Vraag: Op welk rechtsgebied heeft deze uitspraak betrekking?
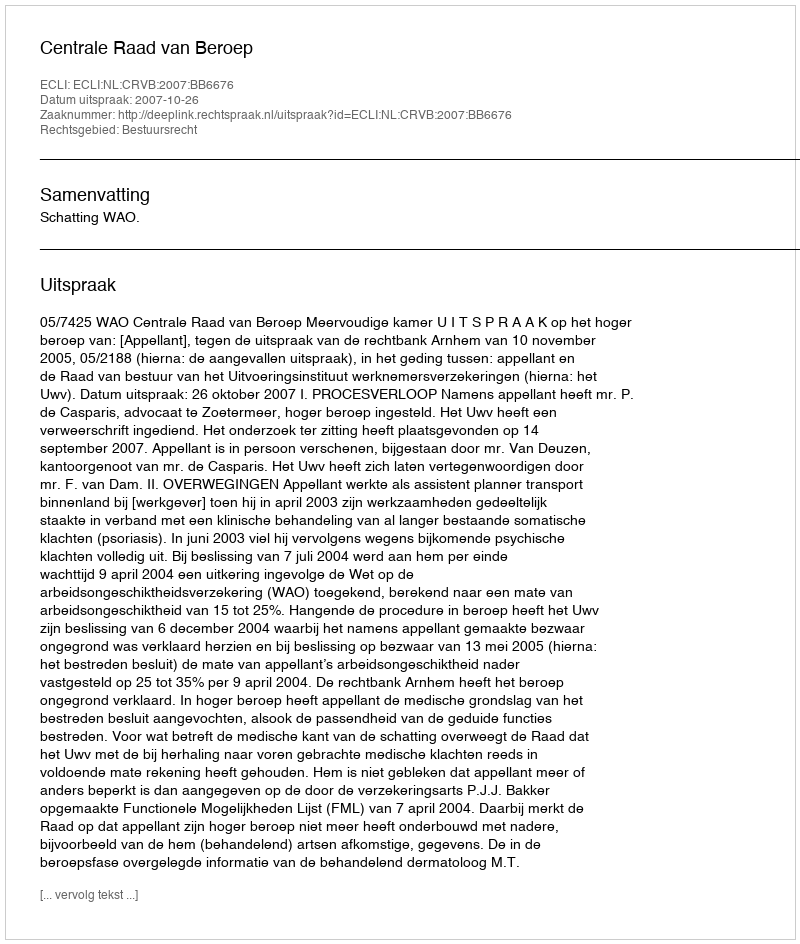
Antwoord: Bestuursrecht